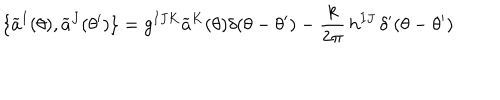
\{ \widetilde { a } ^ { I } ( \theta ) , \widetilde { a } ^ { J } ( \theta ^ { \prime } ) \} = g ^ { I J K } \widetilde { a } ^ { K } ( \theta ) \delta ( \theta - \theta ^ { \prime } ) - \frac { k } { 2 \pi } \, h ^ { I J } \, \delta ^ { \prime } ( \theta - \theta ^ { \prime } )